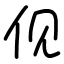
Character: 伣